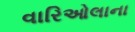
વારિઓલાના